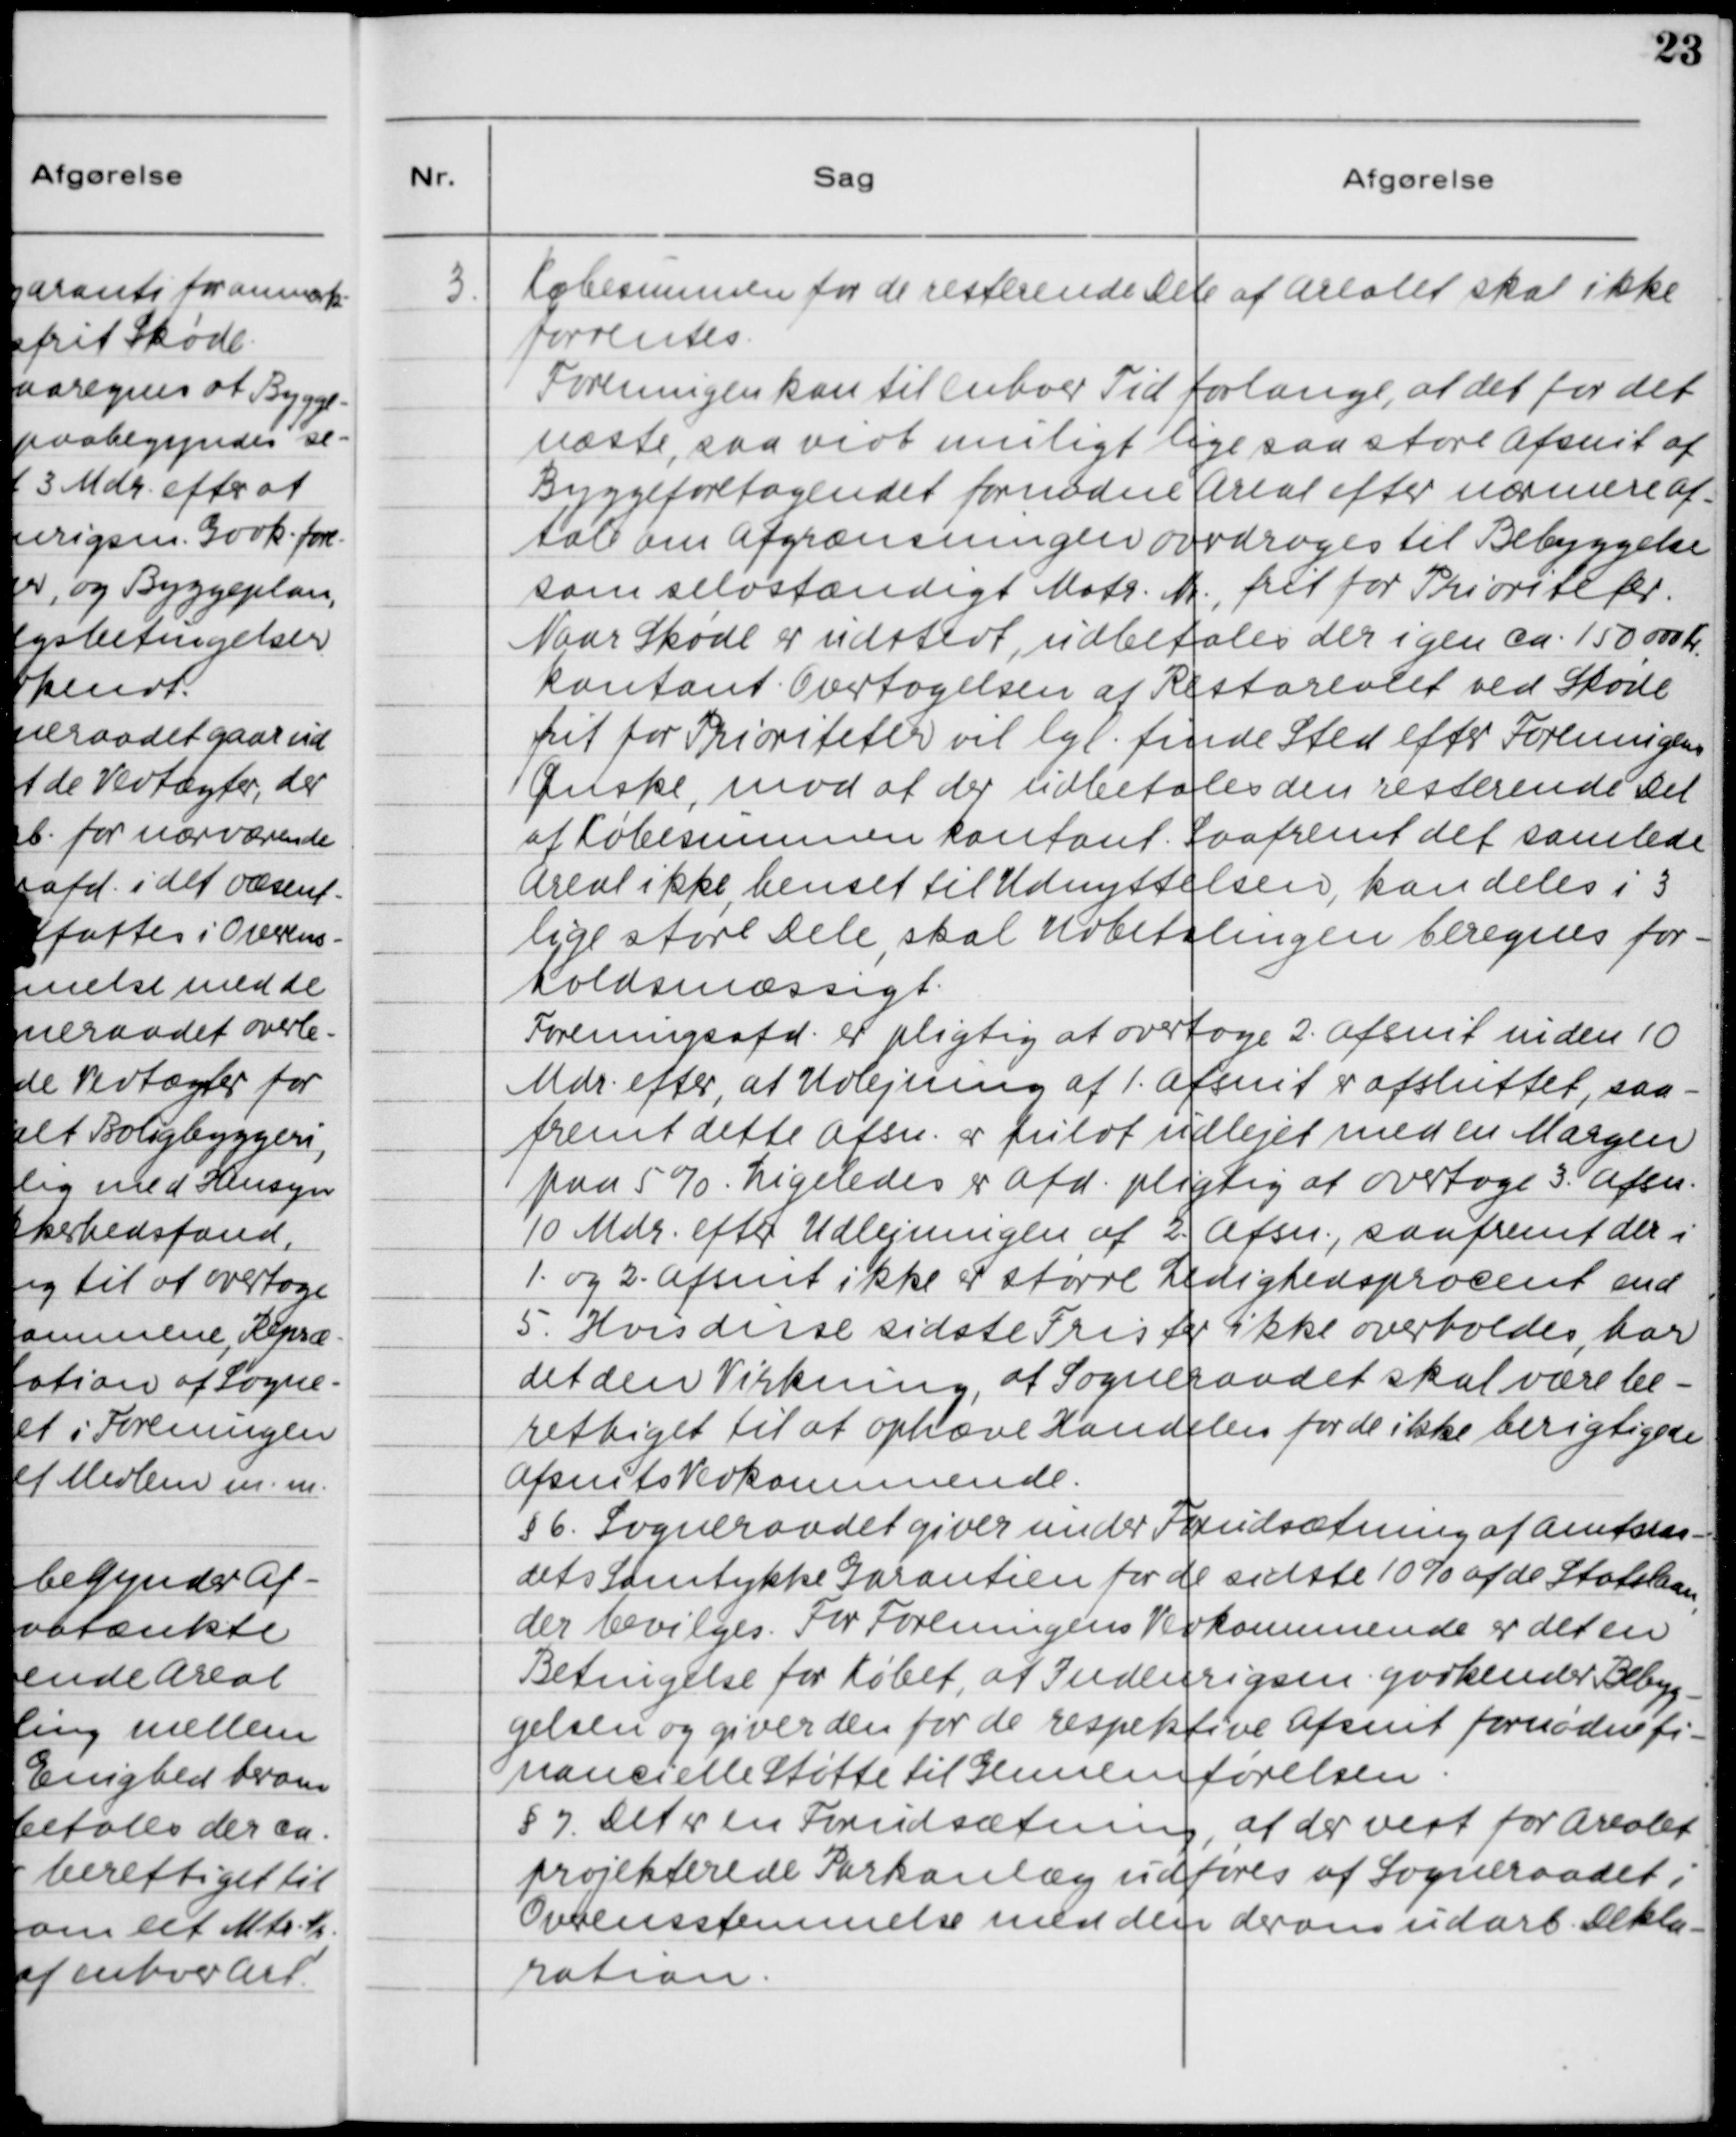
Transskription:
3. Købesummen for de resterende Dele af Arealet skal ikke
forrentes.
Foreningen kan til Enhver Tid forlange, at det for det
næste, saa vidt muligt lige saa store Afsnit af
Byggeforetagenet fornødne Areal efter nærmere af-
tale om Afgrænsningen overdrages til Bebyggelse
som selvstændig Matr. Nr., frit for Prioriteter.
Naar Skøde er udstedt, udbetales der igen ca. 150 000 Kr.
kontant. Overtagelsen af Restarealet ved Skøde
frit for Prioriteter vil lgl. finde Sted efter Foreningens
Ønske, mod at der udbetales den resterende Del
af Købesummen kontant. Saafremt det samlede
Areal ikke henset til Udnyttelsen kan deles i 3
lige store Dele, skal Udbetalingen beregnes for-
holdsmæssigt.
Foreningsafd. er pligtig at overtage 2. Afsnit inden 10
Mdr. efter, at Udlejning af 1. Afsnit er afsluttet, saa-
fremt dette Afsn. er fuldt udlejet med en Margen
paa 5%. Ligeledes er Afd. pligtig at overtage 3. Afsn.
10 Mdr. efter Udlejningen af 2. Afsn., saafremt der i
1. og 2. Afsnit ikke er større Ledighedsprocent end
5. Hvis disse sidste Frister ikke overholdes, har
det den Virkning, at Sogneraadet skal være be-
rettiget til at ophæve Handelen for de ikke beregtigede
Afsnits Vedkommende.
§6. Sogneraadet giver under Forudsætning af Amtsraa-
dets Samtykke Garantien for de sidste 10% af de Statslaan,
der bevilges. For Foreningens Vedkommende er det en
Betingelse for Købet, at Indenrigsm. godkender Bebyg-
gelsen og giver den for de respektive Afsnit fornødne fi-
nancielle Støtte til Gennemførelsen.
§7. Det er en Forudsætning, at der vest for Arealet
projekterede Parkanlæg udføres af Sogneraadet i
Overensstemmelse med den derom udarb. Dekla-
ration.